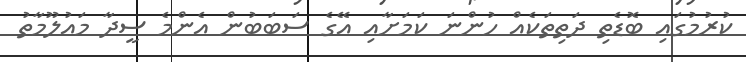
ކުރުމުގައި ބޮޑެތި ދަތިތަކެއް ހުންނަ ކަމަށާއި އޭގެ ސަބަބުން އެންމެ ސީދާ މައުލޫމާތު